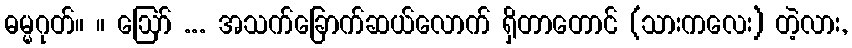
ဓမ္မဂုတ်။ ။ ဩော် ... အသက်ခြောက်ဆယ်လောက် ရှိတာတောင် (သားကလေး) တဲ့လား,